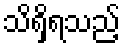
သိရှိရသည့်